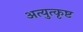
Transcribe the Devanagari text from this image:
अत्युत्‍कृष्ट